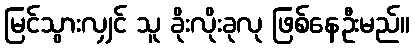
မြင်သွားလျှင် သူ ခိုးလိုးခုလု ဖြစ်နေဦးမည်။